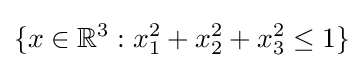
\{x\in \mathbb {R} ^{3}:x_{1}^{2}+x_{2}^{2}+x_{3}^{2}\leq 1\}